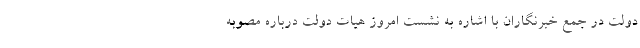
دولت در جمع خبرنگاران با اشاره به نشست امروز هیات دولت درباره مصوبه